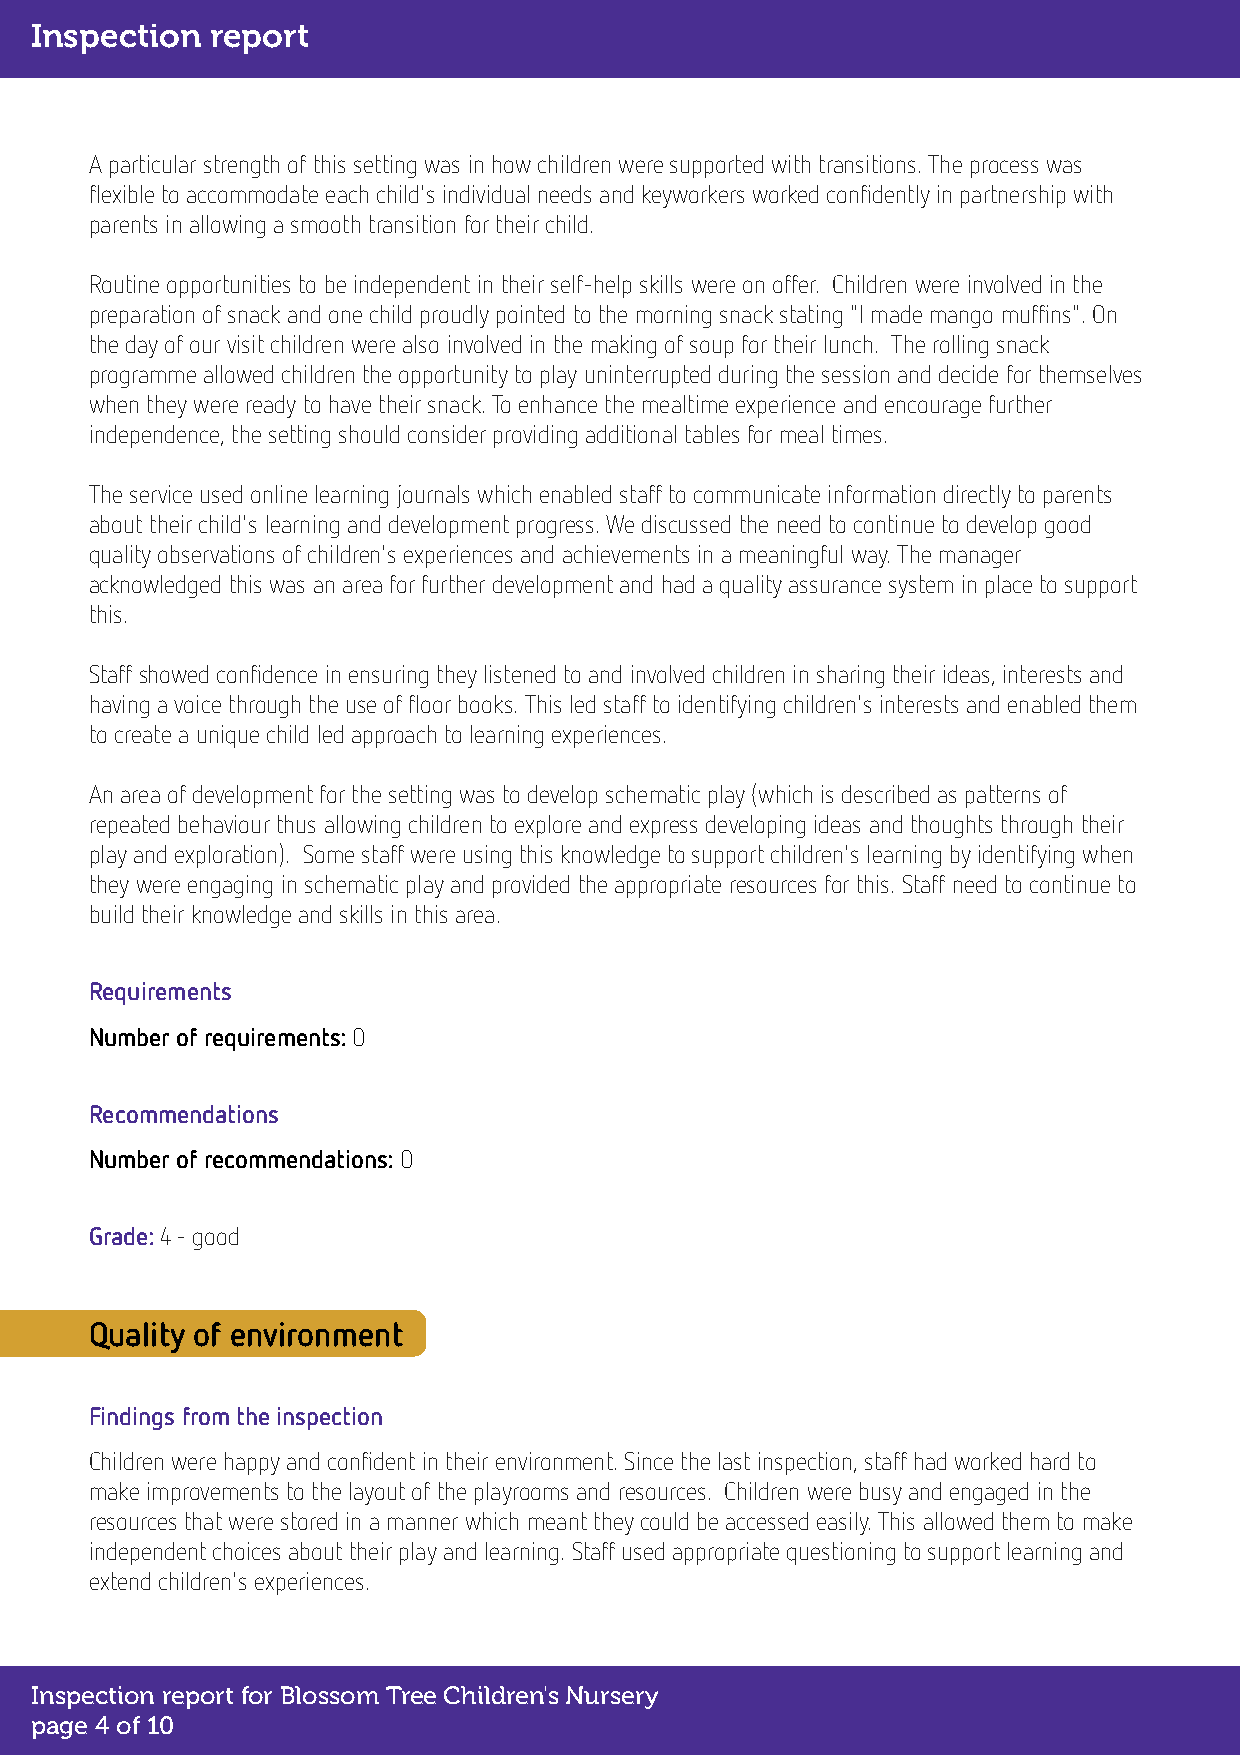
Inspection  report
 A particular strength of this setting was in how children were supported with transitions. The process was
 flexible to accommodate each child's individual needs and keyworkers worked confidently in partnership with
 parents in allowing a smooth transition for their child.
 Routine opportunities to be independent in their self-help skills were on offer. Children were involved in the
 preparation of snack and one child proudly pointed to the morning snack stating "I made mango muffins". On
 the day of our visit children were also involved in the making of soup for their lunch. The rolling snack
 programme allowed children the opportunity to play uninterrupted during the session and decide for themselves
 when they were ready to have their snack. To enhance the mealtime experience and encourage further
 independence, the setting should consider providingadditional tables for meal times.
 The service used online learning journals which enabled staff to communicate information directly to parents
 about their child's learning and development progress. We discussed the need to continue to develop good
 quality observations of children's experiences and achievements in a meaningful way. The manager
 acknowledged this was an area for further development and had a quality assurance system in place to support
 this.
 Staffshowed confidence in ensuring theylistenedto and involved children in sharing their ideas, interests and
 having a voice through the use of floor books. This led staff toidentifying children's interestsand enabled them
 tocreate a unique child led approach to learning experiences.
 An area of development for the setting was to develop schematic play (which is described as patterns of
 repeated behaviourthus allowing children to explore and express developing ideas and thoughts through their
 play and exploration). Some staff were using this knowledge to support children's learning by identifying when
 they were engaging in schematic playand provided the appropriate resources for this. Staff need to continue to
 build their knowledge and skills in this area.
 Requirements
 Number of requirements:0
 Recommendations
 Number of recommendations:0
 Grade:4 - good
 Quality of environment
 Findings from the inspection
 Children were happy and confident in their environment. Since the last inspection, staff had worked hard to
 makeimprovements to the layout of the playrooms and resources. Children were busy and engaged in the
 resourcesthat were stored in a manner which meant they could be accessed easily. This allowed them to make
 independent choices about their play and learning.Staff used appropriate questioning to support learning and
 extend children's experiences.
 Inspection report for Blossom Tree Children's Nursery
 page 4 of 10